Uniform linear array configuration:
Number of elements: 24
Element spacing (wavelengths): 0.5
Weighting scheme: blackman
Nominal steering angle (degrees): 0
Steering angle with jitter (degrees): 1.972
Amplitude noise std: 0.05
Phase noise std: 0.05

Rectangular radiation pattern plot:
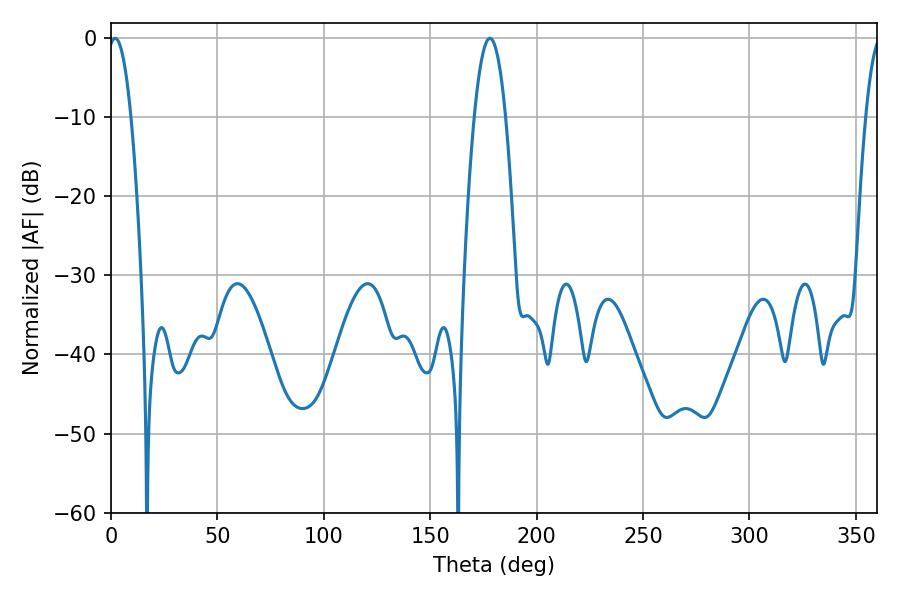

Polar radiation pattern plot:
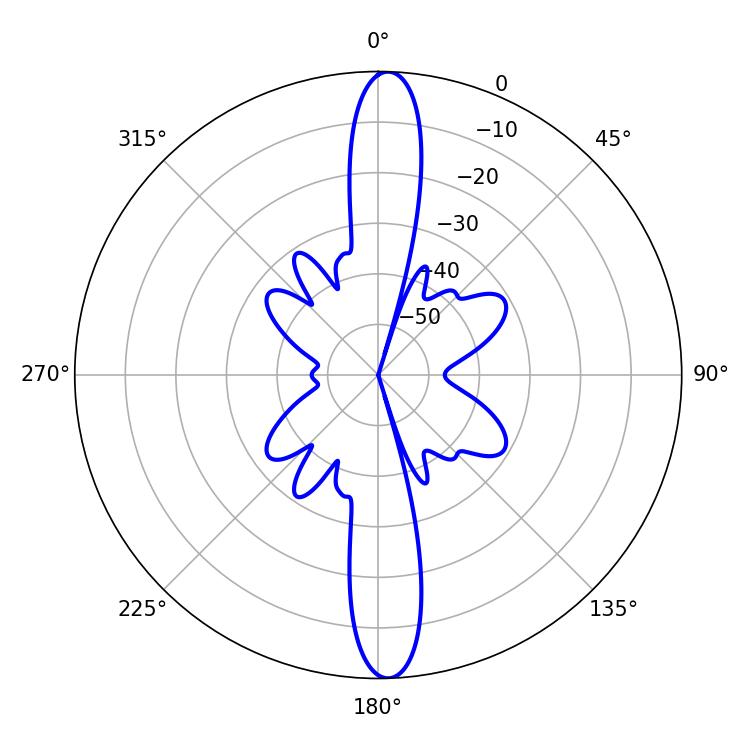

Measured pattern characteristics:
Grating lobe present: FALSE
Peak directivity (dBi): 22.805
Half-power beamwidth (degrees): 5.94
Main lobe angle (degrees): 1.98